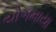
યોગમાયા